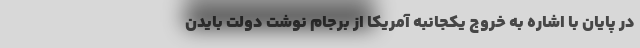
در پایان با اشاره به خروج یکجانبه آمریکا از برجام نوشت دولت بایدن